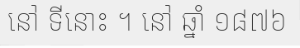
នៅ ទីនោះ ។ នៅ ឆ្នាំ ១៨៧៦